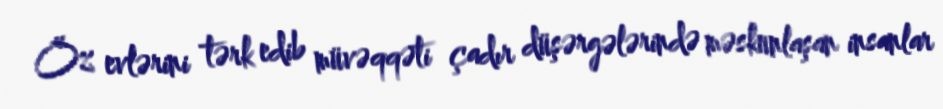
Öz evlərini tərk edib müvəqqəti çadır düşərgələrində məskunlaşan insanlar